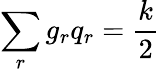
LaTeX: \sum_{r}g_{r}q_{r}=\frac{k}{2}